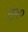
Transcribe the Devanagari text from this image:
ट२०